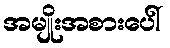
အမျိုးအစားပေါ်